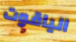
الياقوت